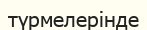
түрмелерінде